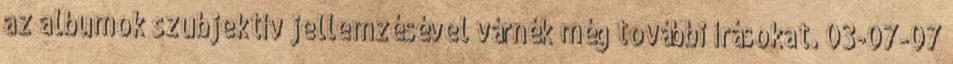
az albumok szubjektív jellemzésével várnék még további írásokat. 03-07-07